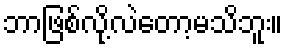
ဘာဖြစ်လို့လဲတော့မသိဘူး။